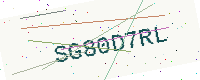
Text: SG80D7RL